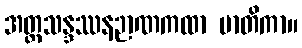
အတ္ထသန္ဒဿနဉာဏကထာ မာတိကာ။